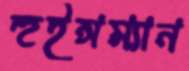
হুইন্সম্যান